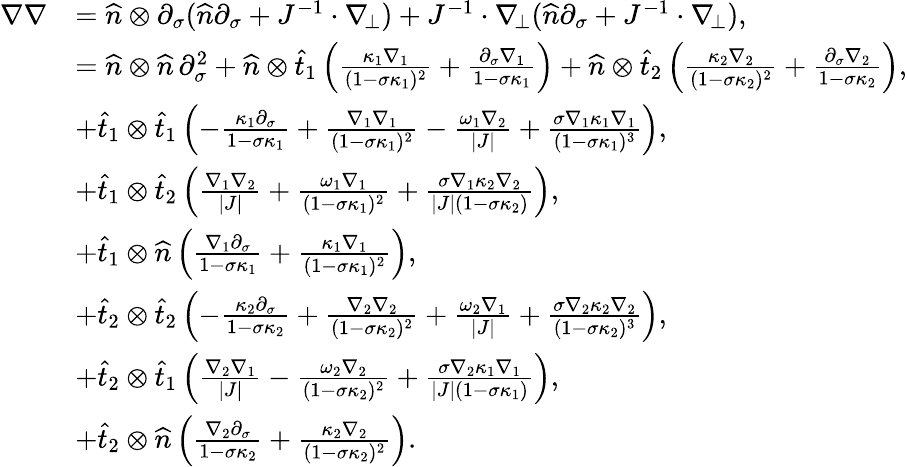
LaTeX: \begin{array}{rl}{\nabla\nabla}&{=\widehat{n}\otimes\partial_{\sigma}(\widehat{n}\partial_{\sigma}+J^{-1}\cdot\nabla_{\! \bot})+J^{-1}\cdot\nabla_{\! \bot}(\widehat{n}\partial_{\sigma}+J^{-1}\cdot\nabla_{\! \bot}),}\\ &{=\widehat{n}\otimes\widehat{n}\, \partial_{\sigma}^{2}+\widehat{n}\otimes\widehat{t}_{1}\left(\frac{\kappa_{1}\nabla_{1}}{(1-\sigma\kappa_{1})^{2}}+\frac{\partial_{\sigma}\nabla_{1}}{1-\sigma\kappa_{1}}\right)+\widehat{n}\otimes\widehat{t}_{2}\left(\frac{\kappa_{2}\nabla_{2}}{(1-\sigma\kappa_{2})^{2}}+\frac{\partial_{\sigma}\nabla_{2}}{1-\sigma\kappa_{2}}\right),}\\ &{+\widehat{t}_{1}\otimes\widehat{t}_{1}\left(-\frac{\kappa_{1}\partial_{\sigma}}{1-\sigma\kappa_{1}}+\frac{\nabla_{1}\nabla_{1}}{(1-\sigma\kappa_{1})^{2}}-\frac{\omega_{1}\nabla_{2}}{|J|}+\frac{\sigma\nabla_{1}\kappa_{1}\nabla_{1}}{(1-\sigma\kappa_{1})^{3}}\right),}\\ &{+\widehat{t}_{1}\otimes\widehat{t}_{2}\left(\frac{\nabla_{1}\nabla_{2}}{|J|}+\frac{\omega_{1}\nabla_{1}}{(1-\sigma\kappa_{1})^{2}}+\frac{\sigma\nabla_{1}\kappa_{2}\nabla_{2}}{|J|(1-\sigma\kappa_{2})}\right),}\\ &{+\widehat{t}_{1}\otimes\widehat{n}\left(\frac{\nabla_{1}\partial_{\sigma}}{1-\sigma\kappa_{1}}+\frac{\kappa_{1}\nabla_{1}}{(1-\sigma\kappa_{1})^{2}}\right),}\\ &{+\widehat{t}_{2}\otimes\widehat{t}_{2}\left(-\frac{\kappa_{2}\partial_{\sigma}}{1-\sigma\kappa_{2}}+\frac{\nabla_{2}\nabla_{2}}{(1-\sigma\kappa_{2})^{2}}+\frac{\omega_{2}\nabla_{1}}{|J|}+\frac{\sigma\nabla_{2}\kappa_{2}\nabla_{2}}{(1-\sigma\kappa_{2})^{3}}\right),}\\ &{+\widehat{t}_{2}\otimes\widehat{t}_{1}\left(\frac{\nabla_{2}\nabla_{1}}{|J|}-\frac{\omega_{2}\nabla_{2}}{(1-\sigma\kappa_{2})^{2}}+\frac{\sigma\nabla_{2}\kappa_{1}\nabla_{1}}{|J|(1-\sigma\kappa_{1})}\right),}\\ &{+\widehat{t}_{2}\otimes\widehat{n}\left(\frac{\nabla_{2}\partial_{\sigma}}{1-\sigma\kappa_{2}}+\frac{\kappa_{2}\nabla_{2}}{(1-\sigma\kappa_{2})^{2}}\right).}\end{array}